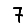
Digit: 7